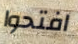
افتحوا